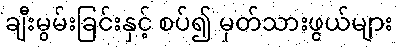
ချီးမွမ်းခြင်းနှင့် စပ်၍ မှတ်သားဖွယ်များ